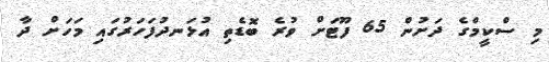
މި ސްކީމްގެ ދަށުން 65 ފޫޓަށް ވުރެ ބޮޑެތި އުޅަނދުފަހަރުގައި މަހަށް ދާ